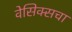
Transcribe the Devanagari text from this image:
वेसिक्सचा